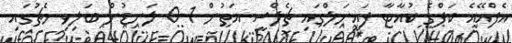
އެފްއޭއެ ކަޕްގެ ކުއާޓާ ފައީނަލްގައި ޗެލްސީ އަތުން 1-0 ލަނޑުން ބަލިވި މެޗުގައި